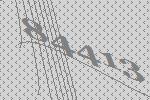
84413